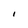
Character: 1